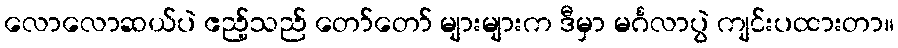
လောလောဆယ်ပဲ ဧည့်သည် တော်တော် များများက ဒီမှာ မင်္ဂလာပွဲ ကျင်းပထားတာ။